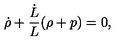
\dot { \rho } + \frac { \dot { L } } { L } ( \rho + p ) = 0 ,